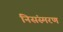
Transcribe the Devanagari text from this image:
निसंस्मरण